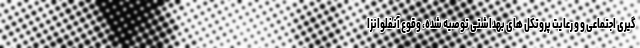
گیری اجتماعی و و رعایت پروتکل های بهداشتی توصیه شده، وقوع آنفلوانزا